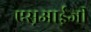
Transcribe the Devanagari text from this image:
एस़आई़जी